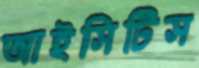
আইসিটিস